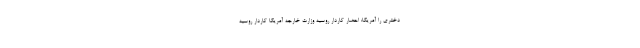
دختری را آمریکا: احضار کاردار روسیه وزارت خارجه آمریکا کاردار روسیه